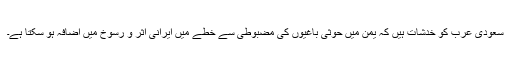
سعودی عرب کو خدشات ہیں کہ یمن میں حوثی باغیوں کی مضبوطی سے خطے میں ایرانی اثر و رسوخ میں اضافہ ہو سکتا ہے۔